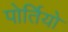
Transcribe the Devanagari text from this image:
पोर्तियो